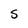
Character: S